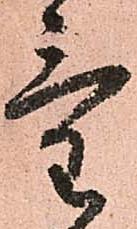
氣